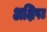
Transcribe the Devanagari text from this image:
अक्षिपट